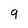
Character: 9